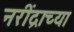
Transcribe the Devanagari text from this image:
नरींद्राच्या